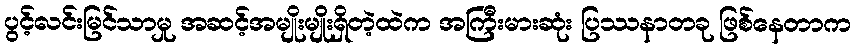
ပွင့်လင်းမြင်သာမှု အဆင့်အမျိုးမျိုးရှိတဲ့ထဲက အကြီးမားဆုံး ပြဿနာတခု ဖြစ်နေတာက